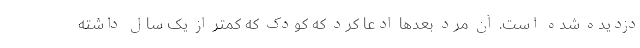
دزدیده شده است. آن مرد بعدها ادعا کرد که کودک که کمتر از یک سال داشته